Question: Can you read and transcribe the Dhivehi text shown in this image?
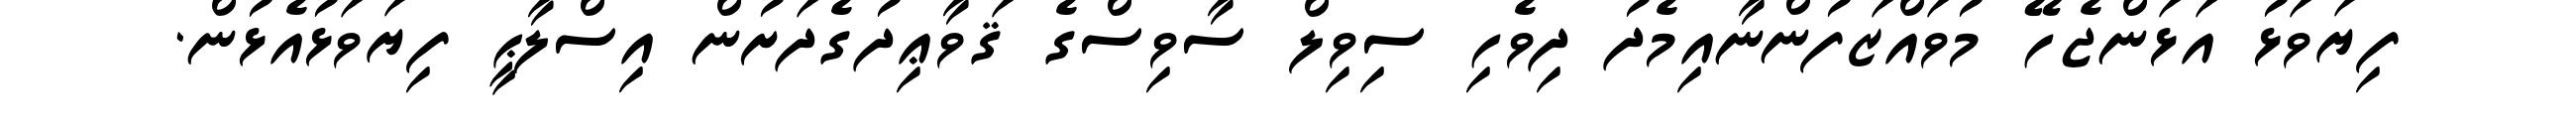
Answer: ފިޔަވަޅު އަޅަންޖެހޭ މުވައްޒަފުންނާއިމެދު ދިވެހި ސިވިލް ސާވިސްގެ ޤަވާޢިދުގެދަށުން އިސްލާޙީ ފިޔަވަޅުއެޅުން.